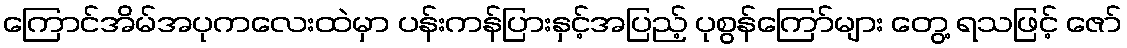
ကြောင်အိမ်အပုကလေးထဲမှာ ပန်းကန်ပြားနှင့်အပြည့် ပုစွန်ကြော်များ တွေ့ ရသဖြင့် ဇော်